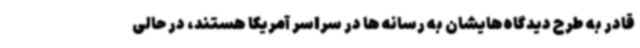
قادر به طرح دیدگاه‌هایشان به رسانه ها در سراسر آمریکا هستند، در حالی